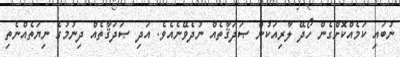
ނުބައި ކަމެއްކޮށްގެން ހޯދޭ ލާރިއަކުން ޞަދަޤާތެއް ނުދެވޭނެއެވެ. އަދި ޞަދަޤާތެއް ދިނުމުގެ ނިޔަތެއްނެތި